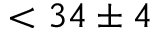
< 3 4 \pm 4